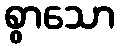
စွာသော